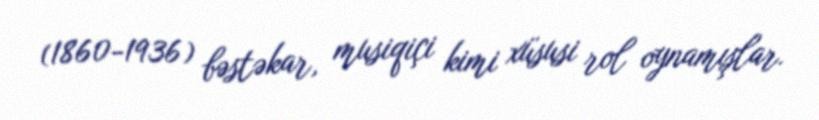
(1860-1936) bəstəkar, musiqiçi kimi xüsusi rol oynamışlar.